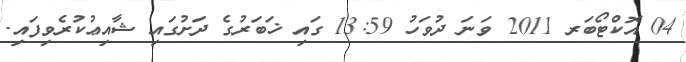
04 އޮކްޓޯބަރ 2011 ވަނަ ދުވަހު 13:59 ގައި ޚަބަރުގެ ދަށުގައި ޝާއިޢުކުރެވިފައި.